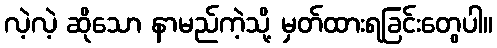
လဲ့လဲ့ ဆိုသော နာမည်ကဲ့သို့ မှတ်ထားရခြင်းတွေပါ။